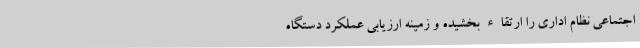
اجتماعی نظام اداری را ارتقاء بخشیده و زمینه ارزیابی عملکرد دستگاه